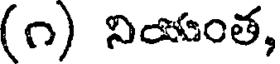
(౧) నియంత,